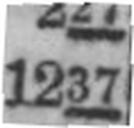
1237